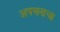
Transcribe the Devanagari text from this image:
अपचनाचा